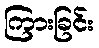
ကြားခြင်း